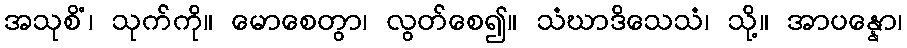
အသုစိံ၊ သုက်ကို။ မောစေတွာ၊ လွတ်စေ၍။ သံဃာဒိသေသံ၊ သို့။ အာပန္နော၊